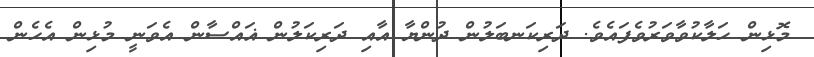
މޮޅިން ހަލާކުވާވަރުވެފައެވެ. ދަރިކަނބަލުން ދުންޔާ އާއި ދަރިކަލުން ޣައްސާން އެވަނީ މުޅިން އެހެން